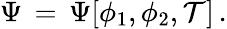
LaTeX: \Psi\, =\, \Psi[\phi_{1},\phi_{2},\mathcal{T}]\, .